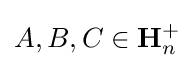
A,B,C\in \mathbf {H} _{n}^{+}